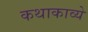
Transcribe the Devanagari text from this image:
कथाकाव्ये